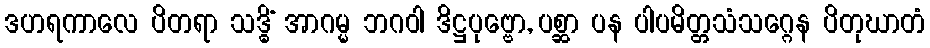
ဒဟရကာလေ ပိတရာ သဒ္ဓိံ အာဂမ္မ ဘဂဝါ ဒိဋ္ဌပုဗ္ဗော, ပစ္ဆာ ပန ပါပမိတ္တသံသဂ္ဂေန ပိတုဃာတံ